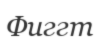
Фиггт